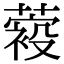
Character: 𦽛